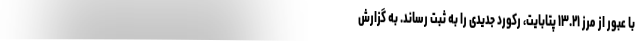
با عبور از مرز ۱۳.۲۱ پتابایت، رکورد جدیدی را به ثبت رساند. به گزارش